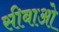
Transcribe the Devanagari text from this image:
सीबाओ